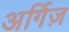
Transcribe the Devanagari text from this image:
अर्गिज़